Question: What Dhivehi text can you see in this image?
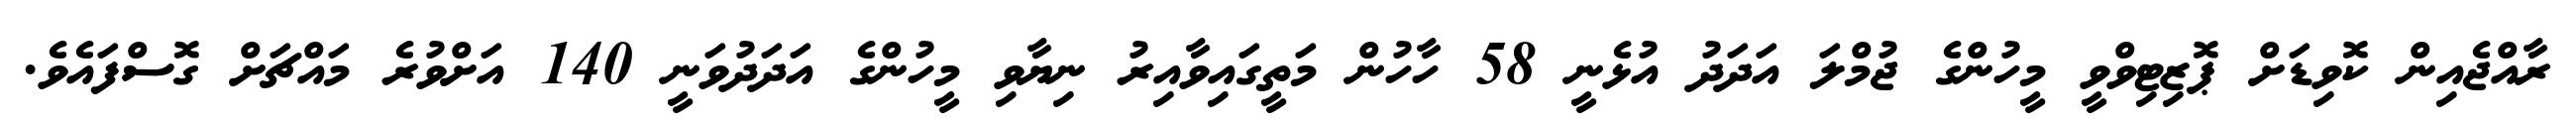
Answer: ރާއްޖެއިން ކޮވިޑަށް ޕޮޒިޓިވްވީ މީހުންގެ ޖުމްލަ އަދަދު އުޅެނީ 58 ހާހުން މަތީގައިވާއިރު ނިޔާވި މީހުންގެ އަދަދުވަނީ 140 އަށްވުރެ މައްޗަށް ގޮސްފައެވެ.